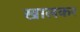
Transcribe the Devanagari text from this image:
खालकर